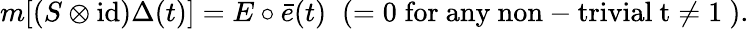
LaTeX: m[(S\otimes\mathrm{id})\Delta(t)]=E\circ\bar{e}(t)\; \; (=0\; \mathrm{for~any~non-trivial~t\not=1~}).